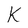
Character: K